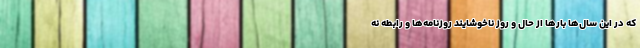
که در این سال‌ها بارها از حال و روز ناخوشایند روزنامه‌ها و رابطه نه